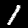
Label: 1